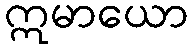
ဣမာယော